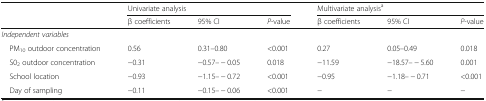
| <ROWSPAN=2>  | <COLSPAN=3> Univariate analysis | <COLSPAN=3> Multivariate analysisa |
 | β coefficients | 95% CI | P-value | β coefficients | 95% CI | P-value |
 | --- | --- | --- | --- | --- | --- | --- |
 | <COLSPAN=7> Independent variables |
 | PM10 outdoor concentration | 0.56 | 0.31–0.80 | <0.001 | 0.27 | 0.05–0.49 | 0.018 |
 | S02 outdoor concentration | −0.31 | −0.57– − 0.05 | 0.018 | −11.59 | −18.57– − 5.60 | 0.001 |
 | School location | −0.93 | −1.15– − 0.72 | <0.001 | −0.95 | −1.18– − 0.71 | <0.001 |
 | Day of sampling | −0.11 | −0.15– − 0.06 | <0.001 | − | − | − |